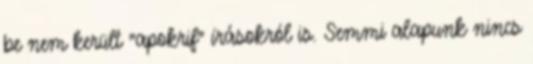
be nem került "apokrif" írásokról is. Semmi alapunk nincs